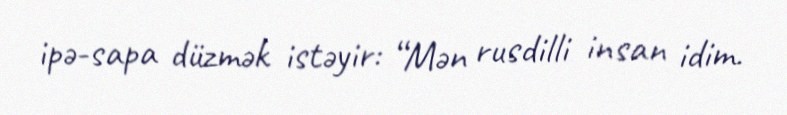
ipə-sapa düzmək istəyir: “Mən rusdilli insan idim.